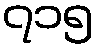
၇၁၅